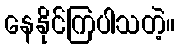
နေနိုင်ကြပါသတဲ့။